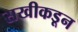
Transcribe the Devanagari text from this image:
सखीकडून